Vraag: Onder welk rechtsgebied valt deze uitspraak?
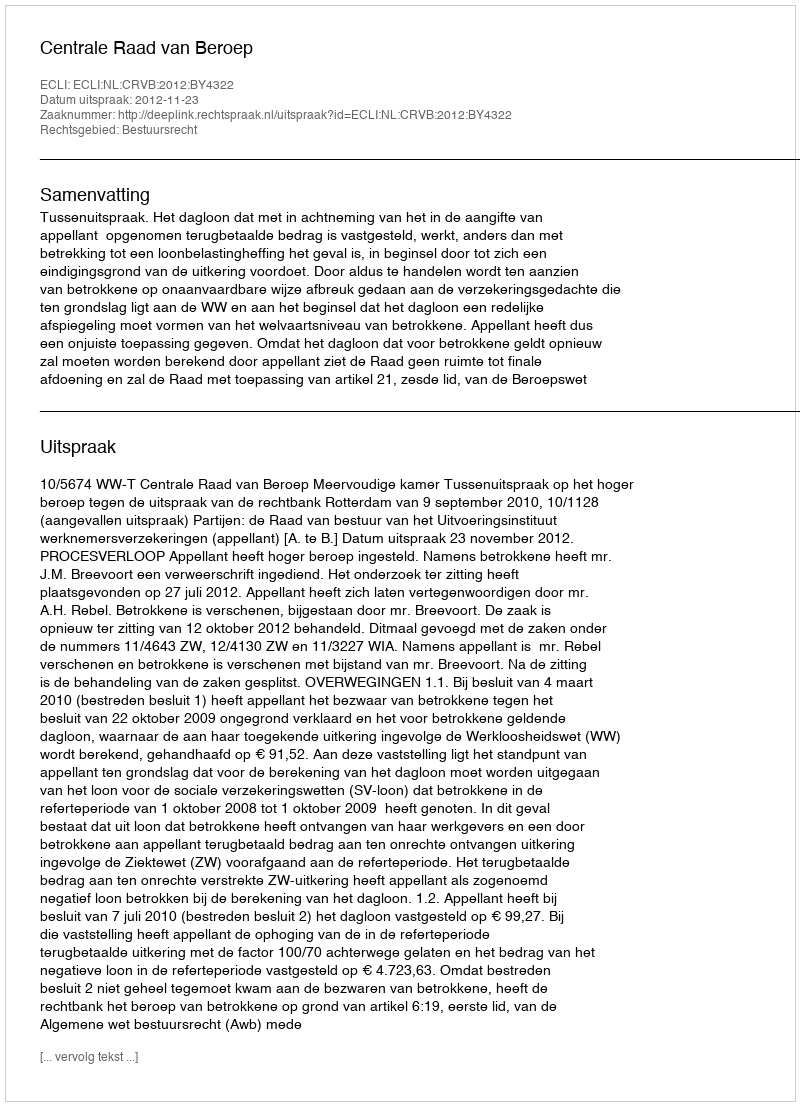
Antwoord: Bestuursrecht